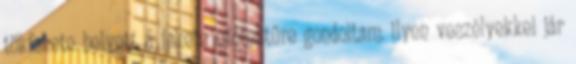
tökfekete helyett a fekete utótestűre gondoltam. ilyen veszélyekkel jár